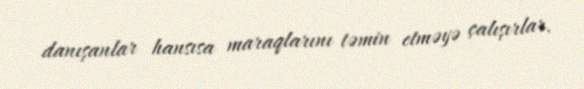
danışanlar hansısa maraqlarını təmin etməyə çalışırlar.